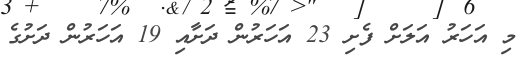
މި އަހަރު އަލަށް ފެށި 23 އަހަރުން ދަށާއި 19 އަހަރުން ދަށުގެ